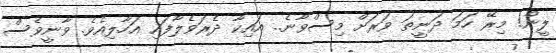
ލީން! މިރޭ ހަމަ ދަނީތަ ވަރަށް މިސްވާނެ.. އައިކާ ދެރަވެލާފައި އަހާލިއެވެ. ވާނީވެސް